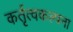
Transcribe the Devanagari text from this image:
कर्तृत्वकल्पना